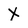
Character: X